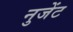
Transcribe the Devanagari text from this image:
नुजेंट